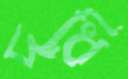
দধি